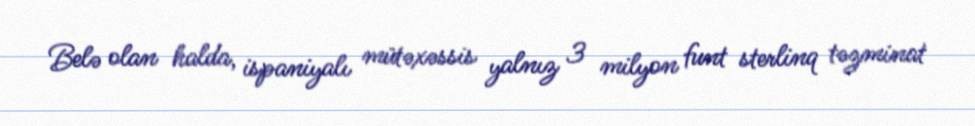
Belə olan halda, ispaniyalı mütəxəssis yalnız 3 milyon funt sterlinq təzminat